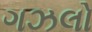
ગઝલો